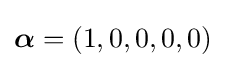
{\boldsymbol {\alpha }}=(1,0,0,0,0)